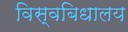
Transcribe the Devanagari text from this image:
विस्वबिधालय